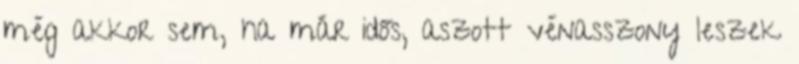
még akkor sem, ha már idős, aszott vénasszony leszek